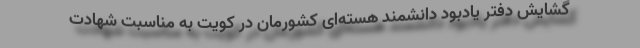
گشایش دفتر یادبود دانشمند هسته‌ای کشورمان در کویت به مناسبت شهادت